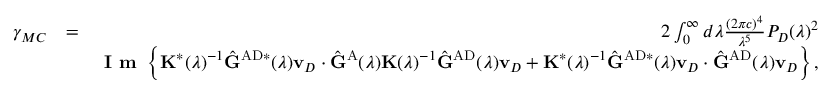
\begin{array} { r l r } { \gamma _ { M C } } & { = } & { 2 \int _ { 0 } ^ { \infty } d \lambda \frac { ( 2 \pi { c } ) ^ { 4 } } { \lambda ^ { 5 } } P _ { D } ( \lambda ) ^ { 2 } } \\ & { } & { \textbf { I m } \left\{ \mathbf { K } ^ { * } ( \lambda ) ^ { - 1 } \hat { \mathbf { G } } ^ { \mathrm { A D } * } ( \lambda ) \mathbf { v } _ { D } \cdot \hat { \mathbf { G } } ^ { \mathrm { A } } ( \lambda ) \mathbf { K } ( \lambda ) ^ { - 1 } \hat { \mathbf { G } } ^ { \mathrm { A D } } ( \lambda ) \mathbf { v } _ { D } + \mathbf { K } ^ { * } ( \lambda ) ^ { - 1 } \hat { \mathbf { G } } ^ { \mathrm { A D } * } ( \lambda ) \mathbf { v } _ { D } \cdot \hat { \mathbf { G } } ^ { \mathrm { A D } } ( \lambda ) \mathbf { v } _ { D } \right\} , } \end{array}